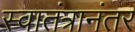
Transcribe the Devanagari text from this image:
स्वातंत्रानंतर